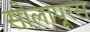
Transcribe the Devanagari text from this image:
सोलापूरस